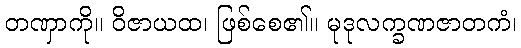
တဏှာကို။ ဝိဇာယထ၊ ဖြစ်စေ၏။ မုဒုလက္ခဏဇာတကံ၊